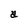
Character: a